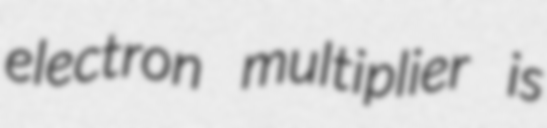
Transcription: electron multiplier is